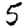
Digit: 5